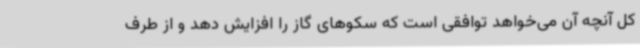
کل آنچه آن می‌خواهد توافقی است که سکوهای گاز را افزایش دهد و از طرف